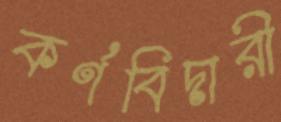
কর্ণবিদারী